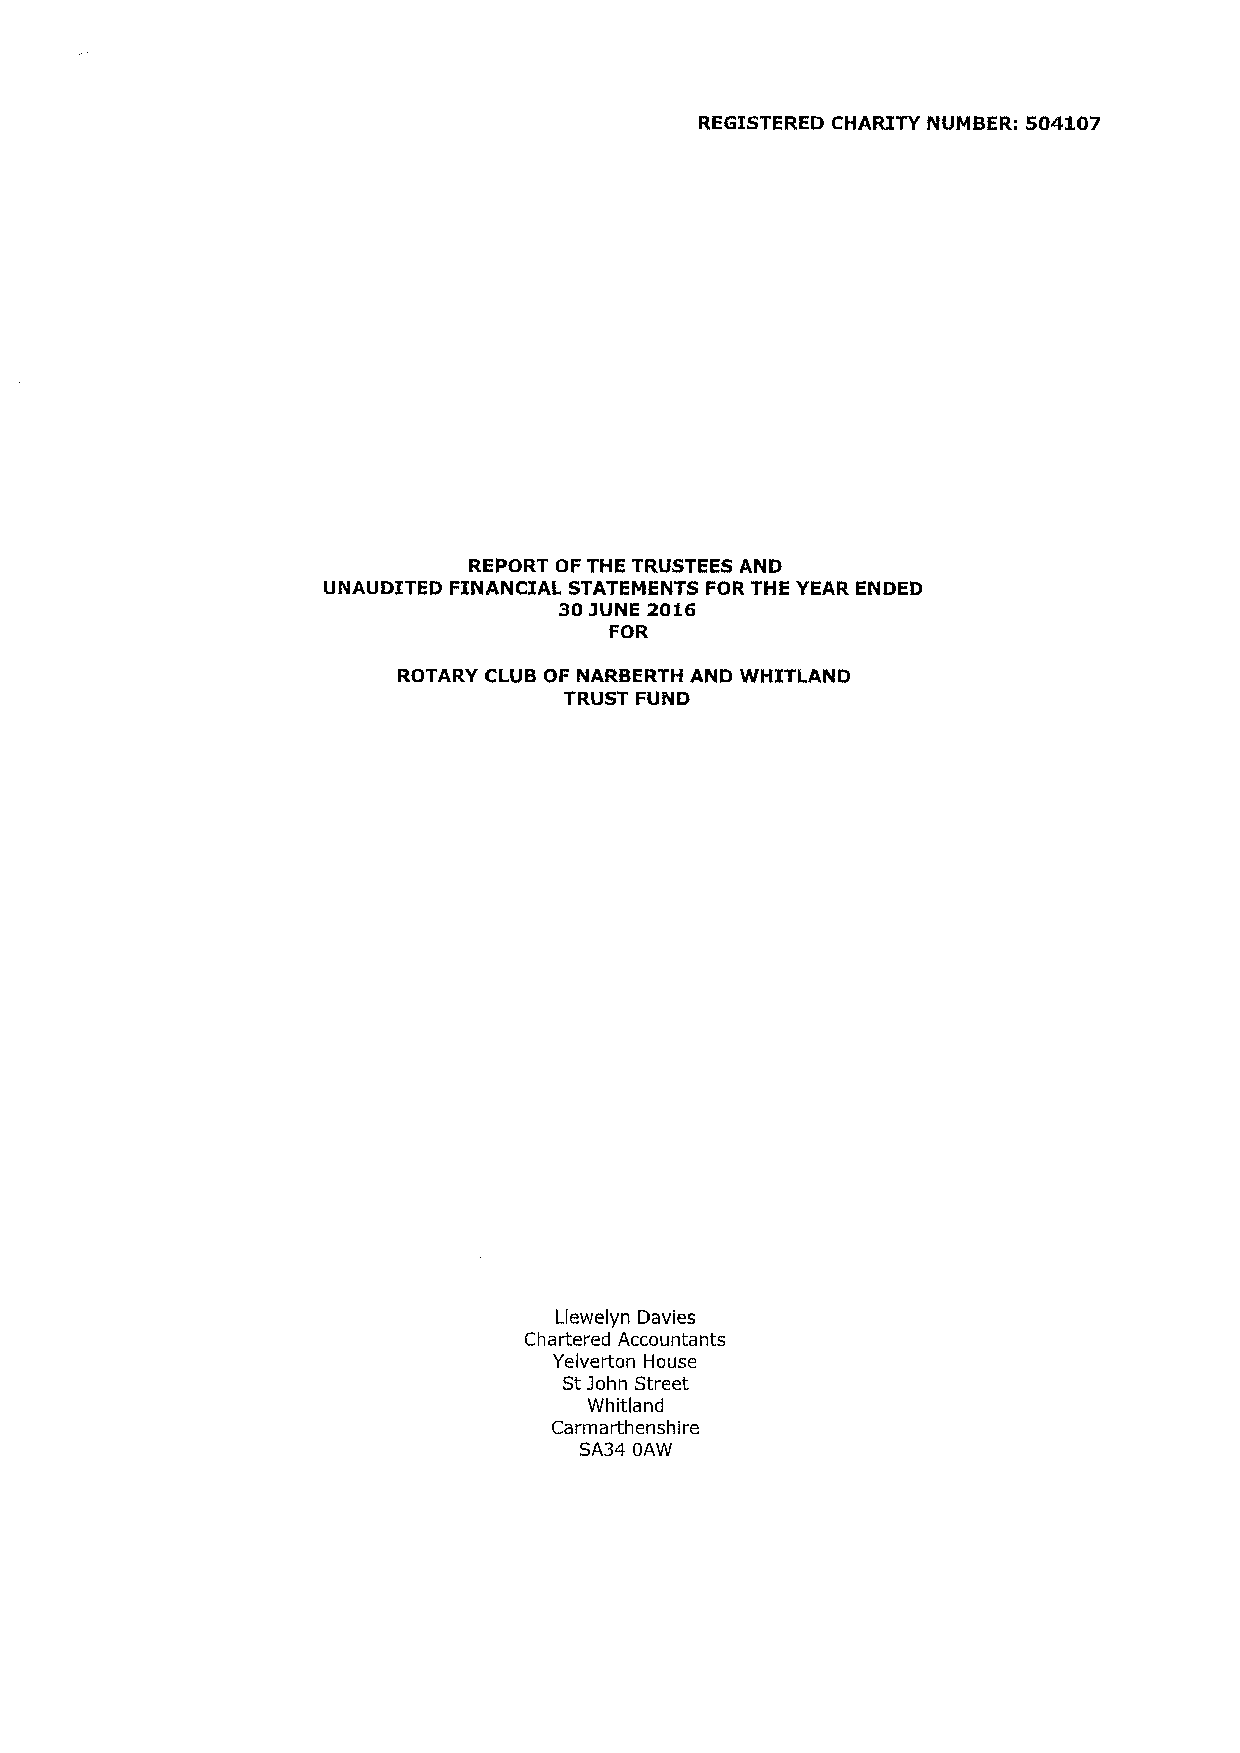
REGISTERED CHARITY NUMBER: 504107
 REPORT OF THE TRUSTEES AND
 UNAUDITED FINANCIAL STATEMENTS FOR THE YEAR ENDED
 30JUNE 2016
 FOR
 ROTARY CLUB OF NARBERTH AND WHITLAND
 TRUST FUND
 Llewelyn Davies
 Chartered Accountants
 Yelverton House
 Stjohn Street
 Whitland
 Carrnarthenshire
 SA34 OAW